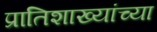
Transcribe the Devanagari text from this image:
प्रातिशाख्यांच्या